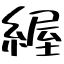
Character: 䌂